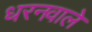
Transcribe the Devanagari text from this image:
धरनवाले